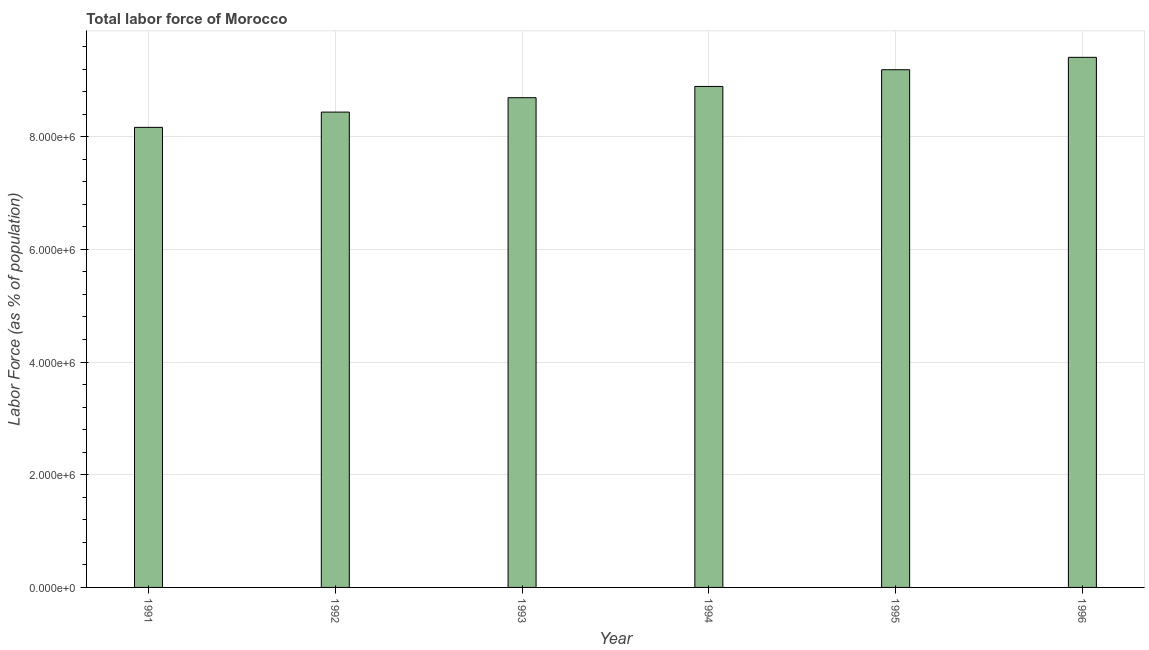
| Year | Labor force |
 | --- | --- |
 | 1991 | 8.16e+06 |
 | 1992 | 8.44e+06 |
 | 1993 | 8.69e+06 |
 | 1994 | 8.89e+06 |
 | 1995 | 9.19e+06 |
 | 1996 | 9.41e+06 |